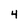
Character: 4